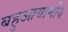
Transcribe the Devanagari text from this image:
बहुआयामीय